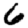
Digit: 6